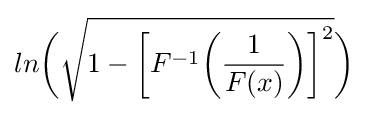
ln{\bigg (}{\sqrt {1-{\bigg [}F^{-1}{\bigg (}{\frac {1}{F(x)}}{\bigg )}{\bigg ]}^{2}}}{\bigg )}